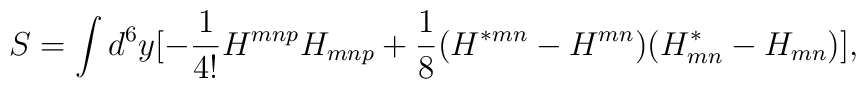
S=\int d^6 y [-{1\over {4!}}H^{mnp}H_{mnp} + {1\over 8} (H^{*mn}-H^{mn})(H^*_{mn}-H_{mn})],